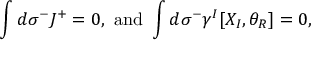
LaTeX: \int d \sigma ^ { - } J ^ { + } = 0 , \mathrm { ~ a n d ~ } \int d \sigma ^ { - } \gamma ^ { I } [ X _ { I } , \theta _ { R } ] = 0 ,